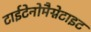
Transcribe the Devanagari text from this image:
टाईटेनोमैग्नेटाइट